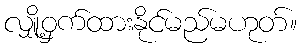
လျှို့ဝှက်ထားနိုင်မည်မဟုတ်။